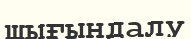
шығындалу